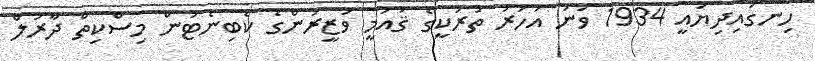
ހިނގައިދިޔައީ 1934 ވަނަ އަހަރު ތުރުކީގެ ޤައުމީ ވަޒީރުންގެ ކެބިނެޓުން މިސްކިތް ދާރުލް